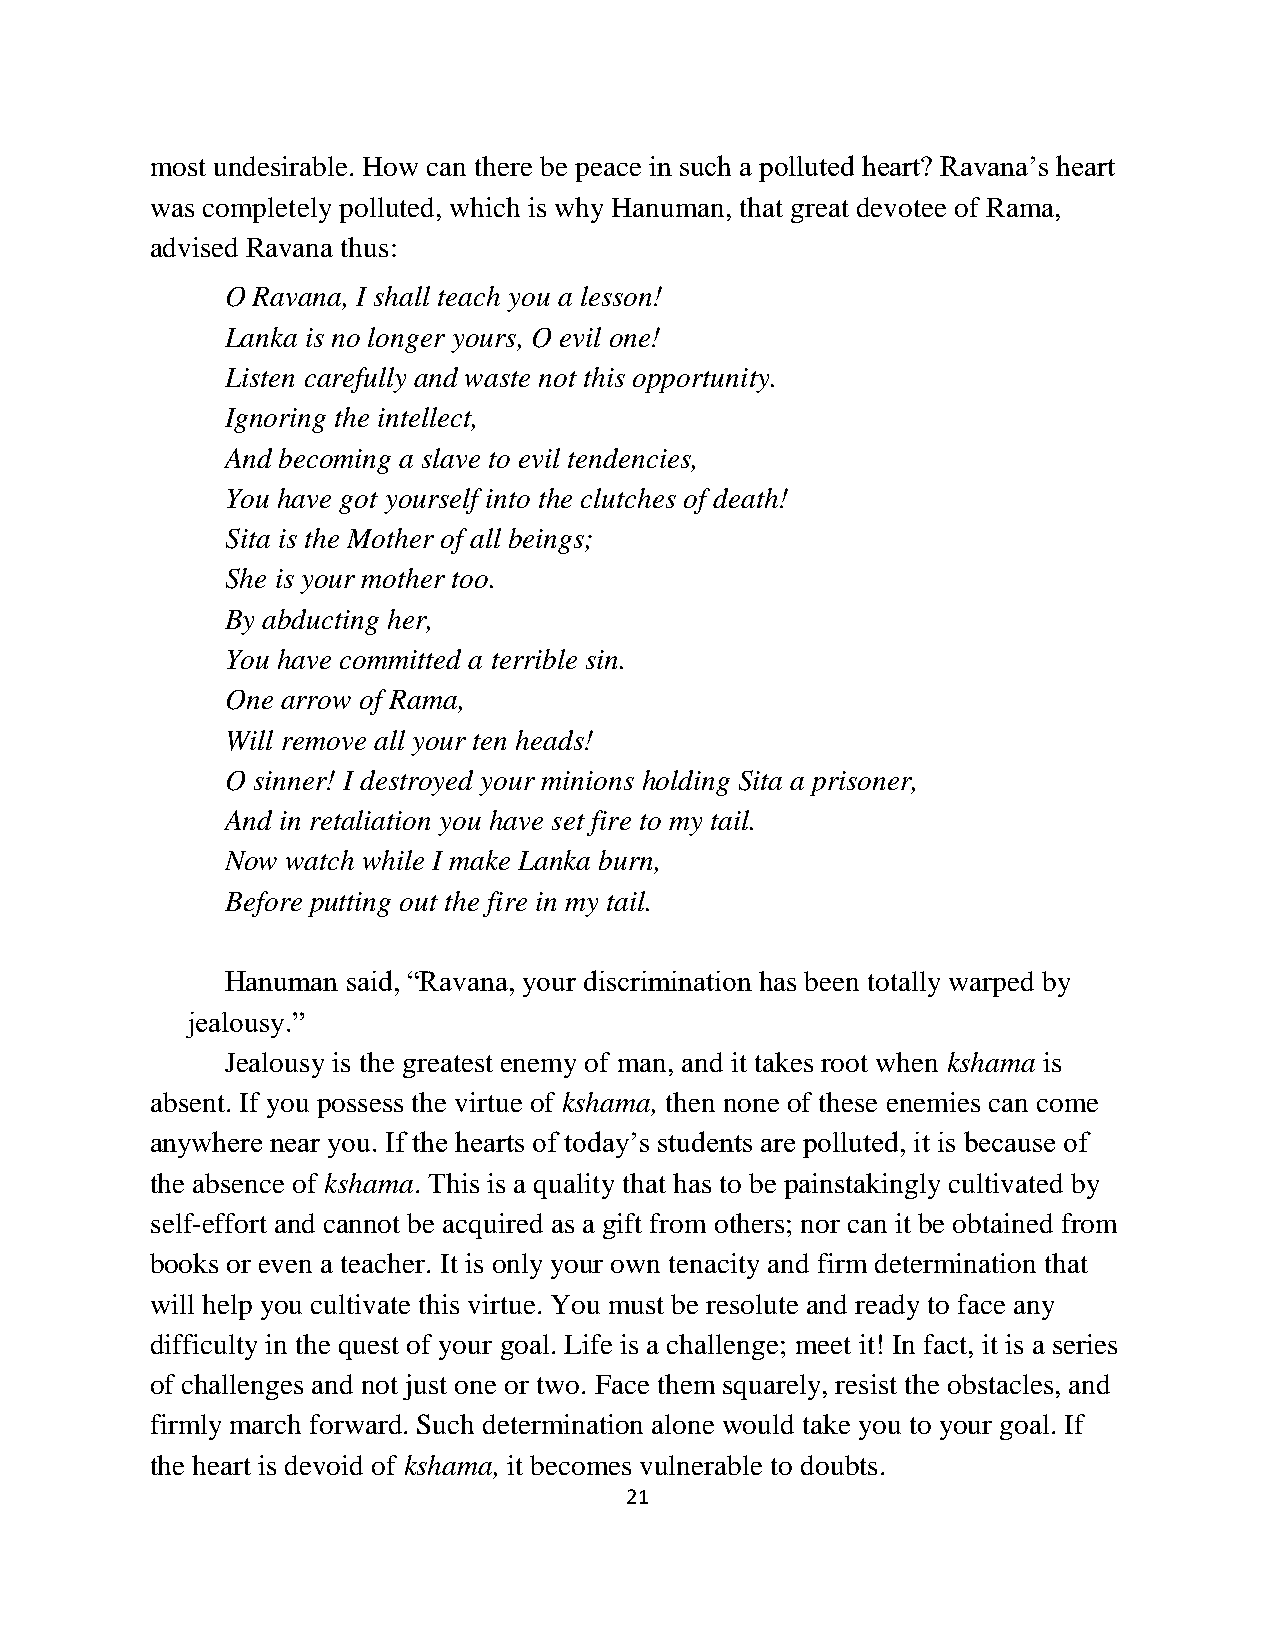
most undesirable. How can there be peace in such a polluted heart? Ravana’s heart
 was completely polluted, which is why Hanuman, that great devotee of Rama,
 advised Ravana thus:
 O Ravana, I shall teach you a lesson!
 Lanka is no longer yours, O evil one!
 Listen carefully and waste not this opportunity.
 Ignoring the intellect,
 And becoming a slave to evil tendencies,
 You have got yourself into the clutches of death!
 Sita is the Mother of all beings;
 She is your mother too.
 By abducting her,
 You have committed a terrible sin.
 One arrow of Rama,
 Will remove all your ten heads!
 O sinner! I destroyed your minions holding Sita a prisoner,
 And in retaliation you have set fire to my tail.
 Now watch while I make Lanka burn,
 Before putting out the fire in my tail.
 Hanuman said, “Ravana, your discrimination has been totally warped by
 jealousy.”
 Jealousy is the greatest enemy of man, and it takes root when kshama is
 absent. If you possess the virtue of kshama, then none of these enemies can come
 anywhere near you. If the hearts of today’s students are polluted, it is because of
 the absence of kshama. This is a quality that has to be painstakingly cultivated by
 self-effort and cannot be acquired as a gift from others; nor can it be obtained from
 books or even a teacher. It is only your own tenacity and firm determination that
 will help you cultivate this virtue. You must be resolute and ready to face any
 difficulty in the quest of your goal. Life is a challenge; meet it! In fact, it is a series
 of challenges and not just one or two. Face them squarely, resist the obstacles, and
 firmly march forward. Such determination alone would take you to your goal. If
 the heart is devoid of kshama, it becomes vulnerable to doubts.
 21